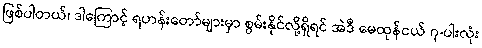
ဖြစ်ပါတယ်၊ ဒါကြောင့် ရဟန်းတော်များမှာ စွမ်းနိုင်လို့ရှိရင် အဲဒီ မေထုန်ငယ် ၇-ပါးလုံး